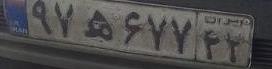
۹۷ه۶۷۷۴۲